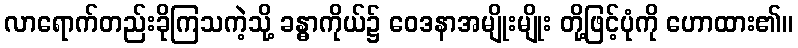
လာရောက်တည်းခိုကြသကဲ့သို့ ခန္ဓာကိုယ်၌ ဝေဒနာအမျိုးမျိုး တို့ဖြင့်ပုံကို ဟောထား၏။